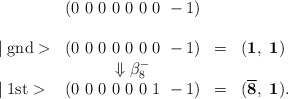
\begin{align*}\begin{array}{lccl} & (0~0~0~0~0~0~0~-1) \\\\\mid \mbox{gnd}> & (0~0~0~0~0~0~0~-1) & = & ({\bf 1},~{\bf 1}) \\ & \Downarrow \beta_8^- \\\mid \mbox{1st}> & (0~0~0~0~0~0~1~-1) & = & ({\bf \overline 8},~{\bf 1}). \\\end{array}\end{align*}